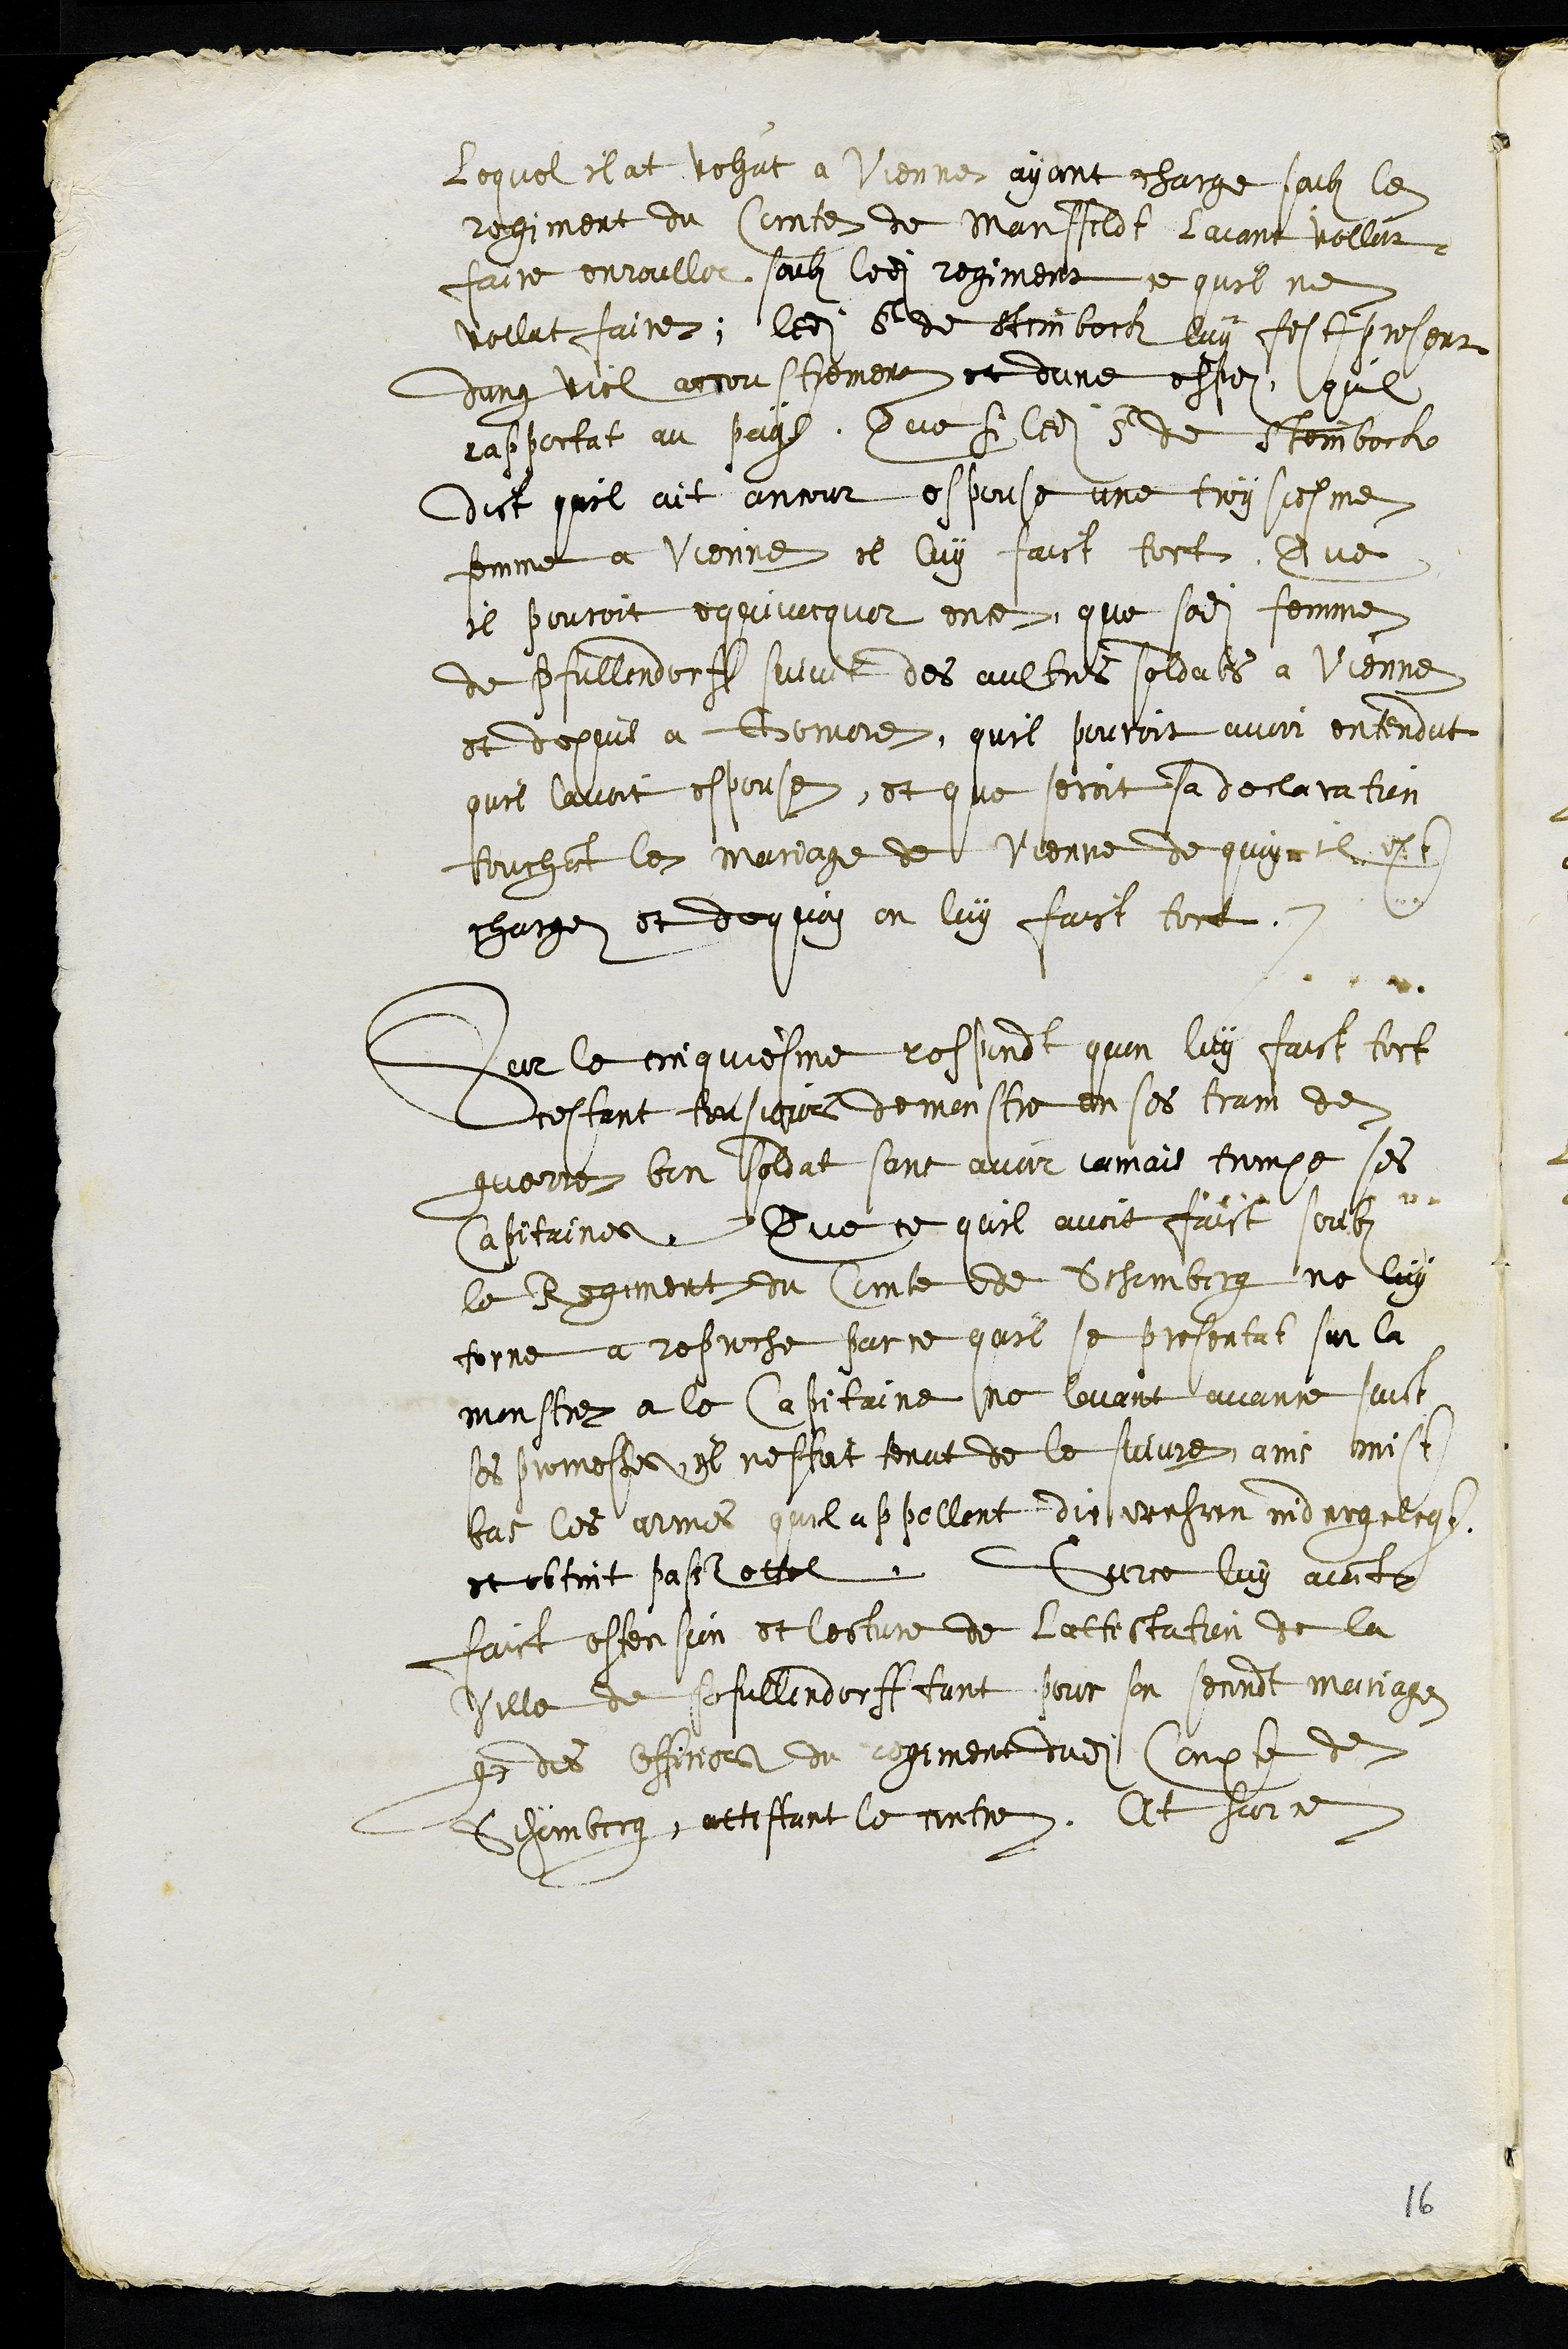
Lequel il at vehut à vienne, ayant charge soubz le
regiment du Comte de Manffeldt laiant vollut
faire enrouller, soubz ledit regiment ce quil ne
vollut faire, ledit Sr de Steinbock luy fist present
dung viel accoustrement et dune espez, quil
rapportat au pays. Que si ledit Sr de Steinbock
dict quil ait ancour espouse une troysiesme
femme a Vienne il luy faict tort, Que
il pourroit equivocquer encor que sadite femme
de Pullendorff suivit des aultres soldats a Vienne
et depuis a Gomore, quil pouroit avoir entendut
quil lavoit espouse, et que seroit sa declaration
touchant le mariage de Vienne de quoy il est
chargez et dequoy on luy faict tort
Sur le cinquiesme respondt quon luy faict tort
estant tousjours demonstre en ses train de
guerre bon soldat sans avoir jamais trompe ses
Capitaines. Que ce quil avoit faict soubz
le Regiment du Comte de Schomberg ne luy
torne a reproche parce quil se presentat sur la
monstre et le Capitaine ne levant avance saict
ses promesses, il nestoit tenut de le suivre, ains mist
bas les armes quil appellent dit wehren nidergelegt
et obtint passzettel. Sur ce luy aiant
faict ostension et lecture de lattestation de la
ville de Pfullendorff tant pour son secondt mariage
que des officiers du regiment dudit Compte de
Schömberg, attestant le contre. At sur ce
16